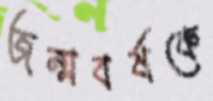
জন্মবর্ষকে